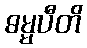
ဓမ္မပီတိ